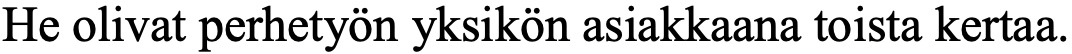
He olivat perhetyön yksikön asiakkaana toista kertaa.